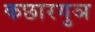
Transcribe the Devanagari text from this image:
कछारगुञ